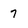
Character: 7